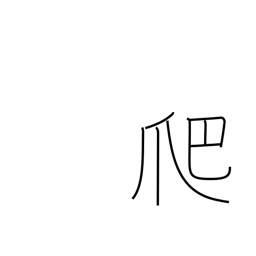
Meaning: crawl